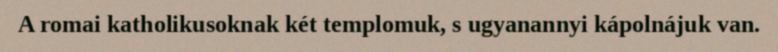
A romai katholikusoknak két templomuk, s ugyanannyi kápolnájuk van.